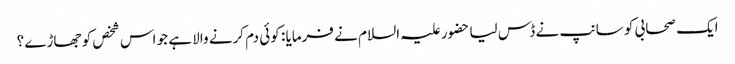
ایک صحابی کو سانپ نے ڈس لیا حضور علیہ السلام نے فرمایا : کوئی دم کرنے والا ہے جو اس شخص کو جھاڑے ؟